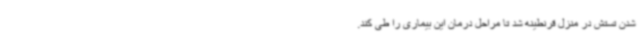
شدن تستش در منزل قرنطینه شد تا مراحل درمان این بیماری را طی کند.